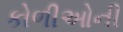
કોળીઓની